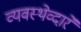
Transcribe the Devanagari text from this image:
व्यवस्थेव्दारे